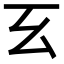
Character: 𢆰